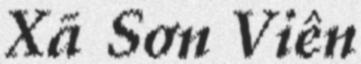
Xã Sơn Viên